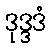
ဒုဒ္ဒဒံ